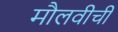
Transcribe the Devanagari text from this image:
मौलवीची